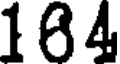
164